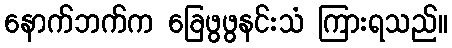
နောက်ဘက်က ခြေဖွဖွနင်းသံ ကြားရသည်။